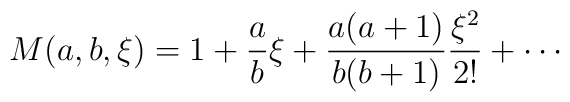
M(a,b,\xi) = 1 + {a\over b}\xi + {a(a+1)\over b(b+1)}{\xi^{2}\over 2!}+ \cdots